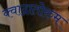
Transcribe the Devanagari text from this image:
क्वाद्रातोरुम